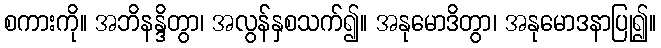
စကားကို။ အဘိနန္ဒိတွာ၊ အလွန်နှစသက်၍။ အနုမောဒိတွာ၊ အနုမောဒနာပြု၍။